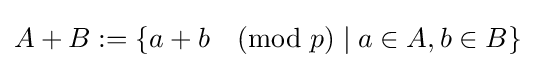
A+B:=\{a+b{\pmod {p}}\mid a\in A,b\in B\}